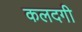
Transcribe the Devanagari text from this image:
कलदगी